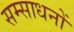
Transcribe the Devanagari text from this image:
सम्साधनों